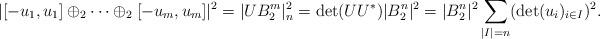
LaTeX: \begin{align*}|[-u_1,u_1]\oplus_2\cdots\oplus_2[-u_m,u_m]|^2=|U B_2^m|^2_n= \det (UU^*) |B_2^n|^2 =|B_2^n|^2\sum_{|I|=n}(\det(u_i)_{i\in I})^2 .\end{align*}